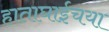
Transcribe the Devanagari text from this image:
हाताघाईचया